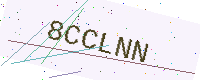
Text: 8CCLNN